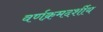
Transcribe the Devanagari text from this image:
वर्णक्रमदर्शीय